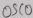
Text: OSC0